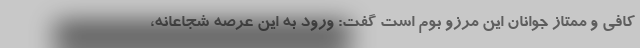
کافی و ممتاز جوانان این مرزو بوم است گفت: ورود به این عرصه شجاعانه،